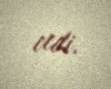
etdi.